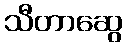
သီတာဆွေ